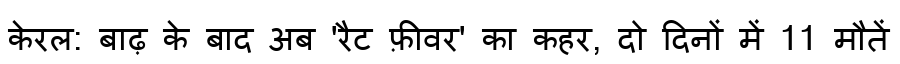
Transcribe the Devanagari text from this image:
केरल: बाढ़ के बाद अब 'रैट फ़ीवर' का कहर, दो दिनों में 11 मौतें